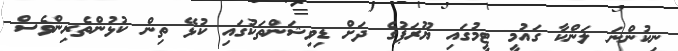
ނިކުންނަ ލަންކާ ގައުމީ ޓީމުގައި ޔޫރަޕުގެ ދަށް ޑިވިޝަންތަކުގައި ކުޅޭ ތިން ކުޅުންތެރިންވެސް